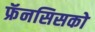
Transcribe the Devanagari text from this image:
फ्रॅनसिसको